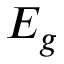
E _ { g }